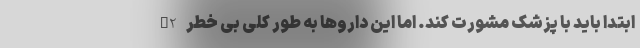
H2 ابتدا باید با پزشک مشورت کند. اما این داروها به طور کلی بی خطر